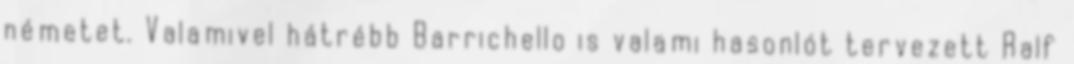
németet. Valamivel hátrébb Barrichello is valami hasonlót tervezett Ralf